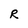
Character: R